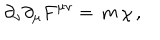
\partial _ { \nu } \partial _ { \mu } F ^ { \mu \nu } = \, m \, \chi \, ,